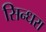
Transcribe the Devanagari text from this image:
सिन्धरा